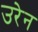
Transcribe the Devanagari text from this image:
उरेन